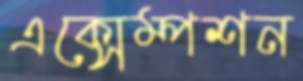
এক্সেম্পশন